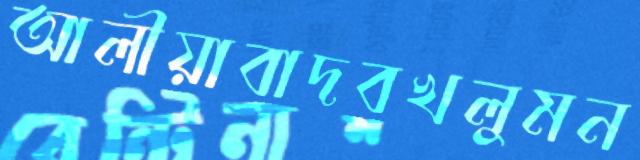
আলীয়াবাদবখলুমন